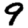
Digit: 9